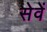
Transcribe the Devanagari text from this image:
सेवें